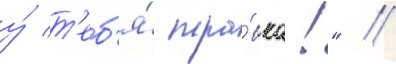
у́ т'еб'я́ тра́вка!" //